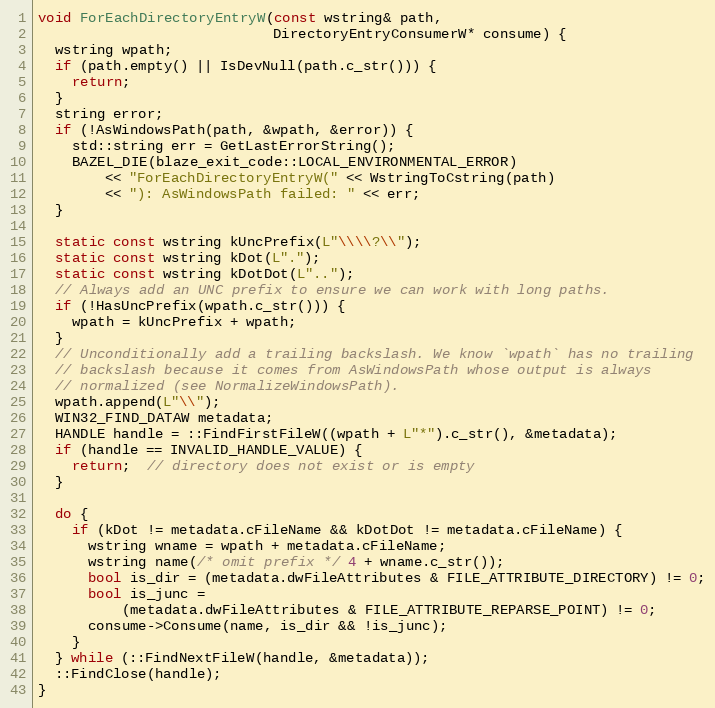
Language: C++
void ForEachDirectoryEntryW(const wstring& path,
                            DirectoryEntryConsumerW* consume) {
  wstring wpath;
  if (path.empty() || IsDevNull(path.c_str())) {
    return;
  }
  string error;
  if (!AsWindowsPath(path, &wpath, &error)) {
    std::string err = GetLastErrorString();
    BAZEL_DIE(blaze_exit_code::LOCAL_ENVIRONMENTAL_ERROR)
        << "ForEachDirectoryEntryW(" << WstringToCstring(path)
        << "): AsWindowsPath failed: " << err;
  }

  static const wstring kUncPrefix(L"\\\\?\\");
  static const wstring kDot(L".");
  static const wstring kDotDot(L"..");
  // Always add an UNC prefix to ensure we can work with long paths.
  if (!HasUncPrefix(wpath.c_str())) {
    wpath = kUncPrefix + wpath;
  }
  // Unconditionally add a trailing backslash. We know `wpath` has no trailing
  // backslash because it comes from AsWindowsPath whose output is always
  // normalized (see NormalizeWindowsPath).
  wpath.append(L"\\");
  WIN32_FIND_DATAW metadata;
  HANDLE handle = ::FindFirstFileW((wpath + L"*").c_str(), &metadata);
  if (handle == INVALID_HANDLE_VALUE) {
    return;  // directory does not exist or is empty
  }

  do {
    if (kDot != metadata.cFileName && kDotDot != metadata.cFileName) {
      wstring wname = wpath + metadata.cFileName;
      wstring name(/* omit prefix */ 4 + wname.c_str());
      bool is_dir = (metadata.dwFileAttributes & FILE_ATTRIBUTE_DIRECTORY) != 0;
      bool is_junc =
          (metadata.dwFileAttributes & FILE_ATTRIBUTE_REPARSE_POINT) != 0;
      consume->Consume(name, is_dir && !is_junc);
    }
  } while (::FindNextFileW(handle, &metadata));
  ::FindClose(handle);
}